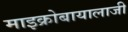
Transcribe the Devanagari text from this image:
माइक्रोबायालाजी